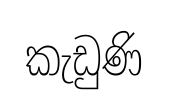
කැඩුණි